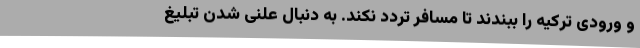
و ورودی ترکیه را ببندند تا مسافر تردد نکند. به دنبال علنی شدن تبلیغ